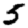
Digit: 5